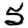
Digit: 5